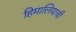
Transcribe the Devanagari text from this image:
हिमालियाची